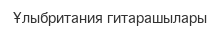
Ұлыбритания гитарашылары